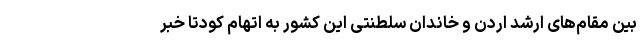
بین مقام‌های ارشد اردن و خاندان سلطنتی این کشور به اتهام کودتا خبر